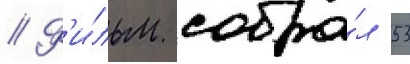
// Ф'и́льм собра́л 53